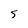
Character: 5